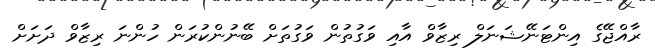
ރާއްޖޭގެ އިންޓަނޭޝަނަލް ރިޒާވް އާއި ވަގުތުން ވަގުތަށް ބޭނުންކުރަން ހުންނަ ރިޒާވް ދަށަށް